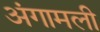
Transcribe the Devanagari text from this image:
अंगामली